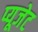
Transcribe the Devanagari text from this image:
प्यूजेट